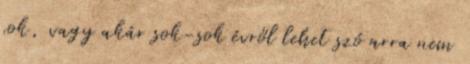
sok, vagy akár sok-sok évről lehet szó arra nem